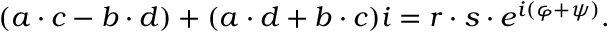
( a \cdot c - b \cdot d ) + ( a \cdot d + b \cdot c ) i = r \cdot s \cdot e ^ { i ( \varphi + \psi ) } .